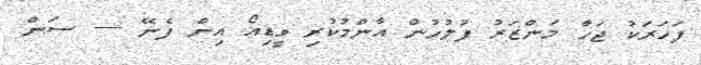
ފަހަރަކު ޖަހާ މަންޒަރު ފުލުހުން އާންމުކުރި ވީޑިއޯ އިން ފެނޭ ---- ސަން